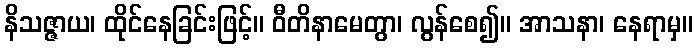
နိသဇ္ဇာယ၊ ထိုင်နေခြင်းဖြင့်။ ဝီတိနာမေတွာ၊ လွန်စေ၍။ အာသနာ၊ နေရာမှ။